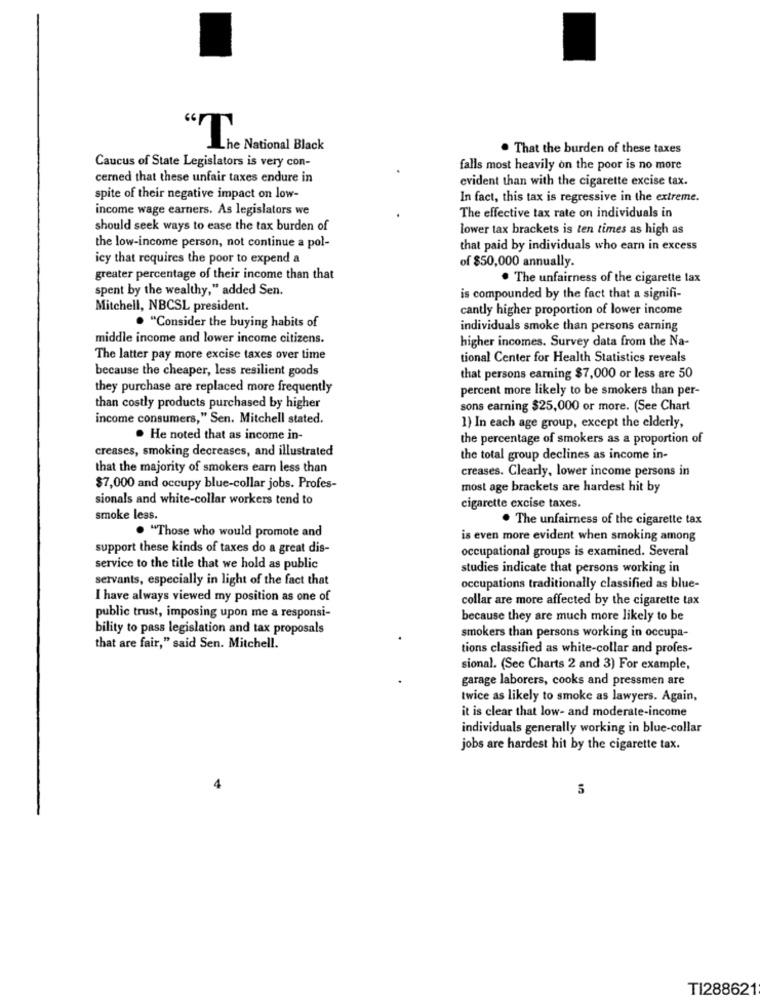
"The National Black
. That the burden of these taxes
Caucus of State Legislators is very con-
falls most heavily on the poor is no more
cerned that these unfair taxes endure in
evident than with the cigarette excise tax.
spite of their negative impact on low-
In fact, this tax is regressive in the extreme.
income wage earners. As legislators we
The effective tax rate on individuals in
should seek ways to ease the tax burden of
lower tax brackets is ten times as high as
the low-income person, not continue a pol-
that paid by individuals who earn in excess
icy that requires the poor to expend a
of $50,000 annually.
greater percentage of their income than that
. The unfairness of the cigarette tax
spent by the wealthy," added Sen.
is compounded by the fact that a signifi-
Mitchell, NBCSL president.
cantly higher proportion of lower income
. "Consider the buying habits of
individuals smoke than persons earning
middle income and lower income citizens.
higher incomes. Survey data from the Na-
The latter pay more excise taxes over time
tional Center for Health Statistics reveals
because the cheaper, less resilient goods
that persons earning $7,000 or less are 50
they purchase are replaced more frequently
percent more likely to be smokers than per-
than costly products purchased by higher
sons earning $25,000 or more. (See Chart
income consumers," Sen. Mitchell stated.
1) In each age group, except the elderly,
. He noted that as income in-
the percentage of smokers as a proportion of
creases, smoking decreases, and illustrated
the total group declines as income in-
that the majority of smokers earn less than
creases. Clearly, lower income persons in
$7,000 and occupy blue-collar jobs. Profes-
most age brackets are hardest hit by
sionals and white-collar workers tend to
cigarette excise taxes.
smoke less.
. The unfairness of the cigarette tax
. "Those who would promote and
is even more evident when smoking among
support these kinds of taxes do a great dis-
occupational groups is examined. Several
service to the title that we hold as public
studies indicate that persons working in
servants, especially in light of the fact that
occupations traditionally classified as blue-
I have always viewed my position as one of
collar are more affected by the cigarette tax
public trust, imposing upon me a responsi-
because they are much more likely to be
bility to pass legislation and tax proposals
smokers than persons working in occupa-
that are fair," said Sen. Mitchell.
tions classified as white-collar and profes-
sional. (See Charts 2 and 3) For example,
garage laborers, cooks and pressmen are
twice as likely to smoke as lawyers. Again,
it is clear that low- and moderate-income
individuals generally working in blue-collar
jobs are hardest hit by the cigarette tax.
TI288621